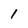
Character: 1